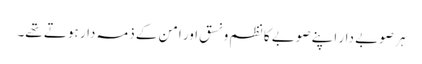
ہر صوبے دار اپنے صوبے کا نظم و نسق اور امن کے ذمہ دار ہوتے تھے۔